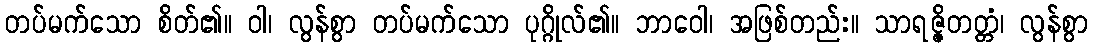
တပ်မက်သော စိတ်၏။ ဝါ၊ လွန်စွာ တပ်မက်သော ပုဂ္ဂိုလ်၏။ ဘာဝေါ၊ အဖြစ်တည်း။ သာရဇ္ဇိတတ္တံ၊ လွန်စွာ